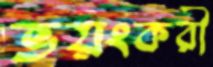
ভয়ংকরী